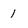
Character: 1